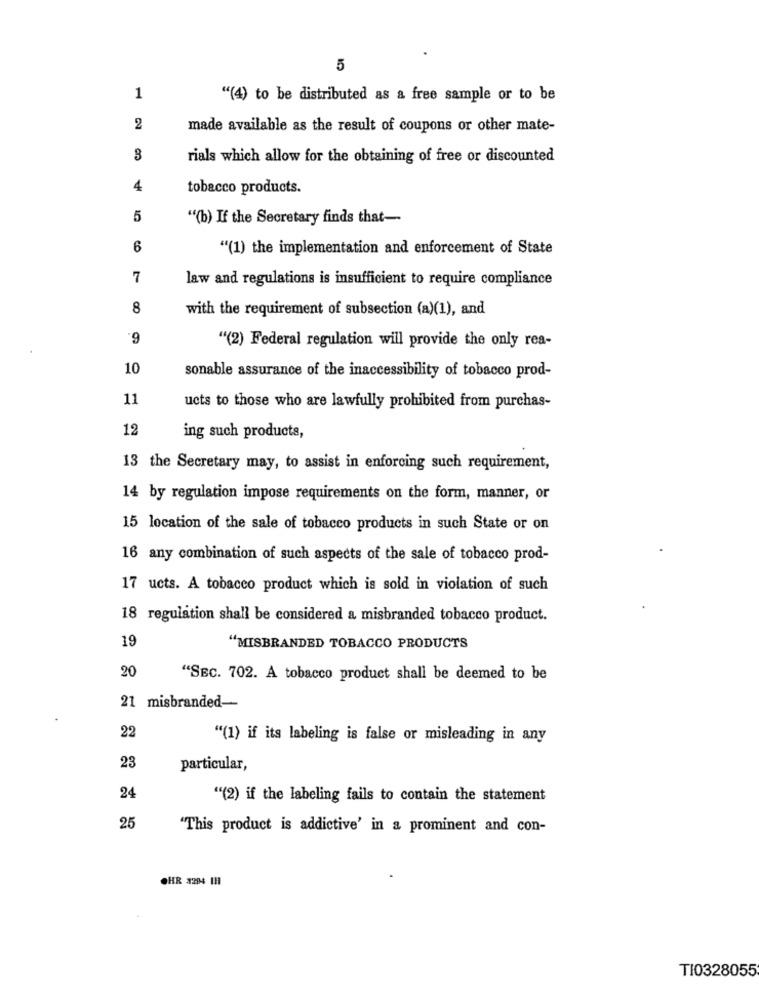
5
1
"(4) to be distributed as a free sample or to be
2
made available as the result of coupons or other mate-
3
rials which allow for the obtaining of free or discounted
4
tobacco products.
5
"(b) If the Secretary finds that-
6
"(1) the implementation and enforcement of State
7
law and regulations is insufficient to require compliance
8
with the requirement of subsection (a)(1), and
9
"(2) Federal regulation will provide the only rea-
10
sonable assurance of the inaccessibility of tobacco prod-
11
ucts to those who are lawfully prohibited from purchas-
12
ing such products,
13 the Secretary may, to assist in enforcing such requirement,
14 by regulation impose requirements on the form, manner, or
15 location of the sale of tobacco products in such State or on
16 any combination of such aspects of the sale of tobacco prod-
17 ucts. A tobacco product which is sold in violation of such
18 regulation shall be considered a misbranded tobacco product.
19
"MISBRANDED TOBACCO PRODUCTS
20
"SEC. 702. A tobacco product shall be deemed to be
21 misbranded-
22
"(1) if its labeling is false or misleading in any
23
particular,
24
"(2) if the labeling fails to contain the statement
25
"This product is addictive' in a prominent and con-
OHR 3204 111
TI0328055